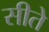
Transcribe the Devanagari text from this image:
सीते